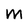
Character: M